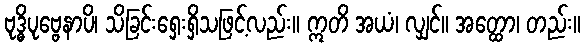
ဗုဒ္ဓိပုဗ္ဗေနာပိ၊ သိခြင်းရှေးရှိသဖြင့်လည်း။ ဣတိ အယံ၊ လျှင်။ အတ္ထော၊ တည်း။